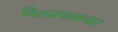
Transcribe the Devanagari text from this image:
विश्वसामाचार